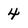
Character: 4